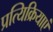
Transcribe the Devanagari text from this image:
प्रत्यिक्रियाएं